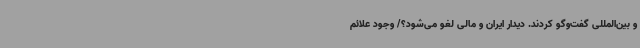
و بین‌المللی گفت‌وگو کردند. دیدار ایران و مالی لغو می‌شود؟/ وجود علائم